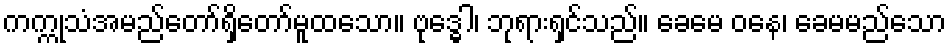
ကက္ကုသံအမည်တော်ရှိတော်မူထသော။ ဗုဒ္ဓေါ၊ ဘုရားရှင်သည်။ ခေမေ ဝနေ၊ ခေမမည်သော